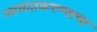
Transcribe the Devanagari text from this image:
आयातकरण्याचा